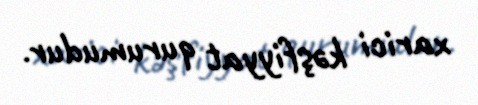
xarici kəşfiyyat qurumudur.